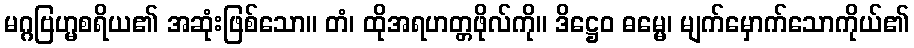
မဂ္ဂဗြဟ္မစရိယ၏ အဆုံးဖြစ်သော။ တံ၊ ထိုအရဟတ္တဖိုလ်ကို။ ဒိဋ္ဌေဝ ဓမ္မေ၊ မျက်မှောက်သောကိုယ်၏